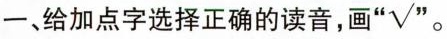
一、给加点字选择正确的读音，画 “✓”。